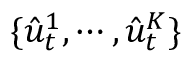
\{ \hat { u } _ { t } ^ { 1 } , \cdots , \hat { u } _ { t } ^ { K } \}